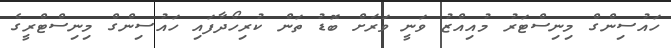
ހައުސިންގް މިނިސްޓަރު މުއިއްޒު ވަނީ ވަރަށް ބޮޑު ތަން ކުރިހޯދާފައި ހައުސިންގް މިނިސްޓްރީގެ